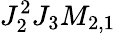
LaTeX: J_{2}^{2}J_{3}M_{2,1}